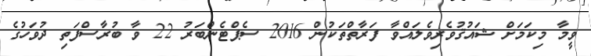
ވީމާ މިކަމަށް ޝައުޤުވެރިވެލައްވާ ފަރާތްތަކުން 2016 ސެޕްޓެންބަރު 22 ވާ ބުރާސްފަތި ދުވަހުގެ